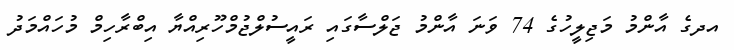
އދގެ އާންމު މަޖިލީހުގެ 74 ވަނަ އާންމު ޖަލްސާގައި ރައީސުލްޖުމްހޫރިއްޔާ އިބްރާހިމް މުހައްމަދު